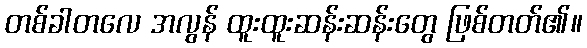
တစ်ခါတလေ အလွန် ထူးထူးဆန်းဆန်းတွေ ဖြစ်တတ်၏။